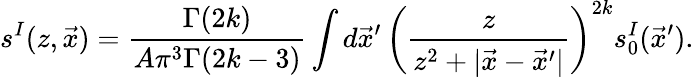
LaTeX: s^{I}(z,\vec{x})=\frac{\Gamma(2k)}{A\pi^{3}\Gamma(2k-3)}\int d\vec{x}^{\prime}\, \left(\frac{z}{z^{2}+|\vec{x}-\vec{x}^{\prime}|}\right)^{2k}s_{0}^{I}(\vec{x}^{\prime}).